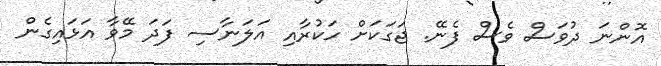
އޮންނަ ދުވަސް ވެސް ފެނޭ. ޖަގަކަށް ހަކުރާއި އަލަނާސި ފަދަ މޭވާ އަޅައިގެން